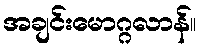
အချင်းမောဂ္ဂလာန်။